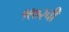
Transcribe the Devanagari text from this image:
१९७२ची